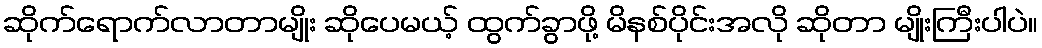
ဆိုက်ရောက်လာတာမျိုး ဆိုပေမယ့် ထွက်ခွာဖို့ မိနစ်ပိုင်းအလို ဆိုတာ မျိုးကြီးပါပဲ။